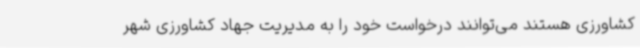
کشاورزی هستند می‌توانند درخواست خود را به مدیریت جهاد کشاورزی شهر